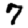
Digit: 7